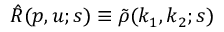
\hat { R } ( p , u ; s ) \equiv \tilde { \rho } ( k _ { 1 } , k _ { 2 } ; s )